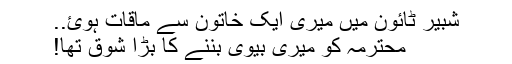
شبیر ٹائون میں میری ایک خاتون سے ماقات ہوئ..
محترمہ کو میری بیوی بننے کا بڑا شوق تھا!